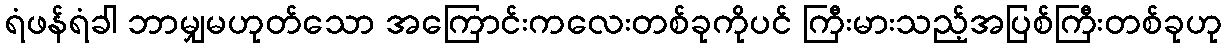
ရံဖန်ရံခါ ဘာမျှမဟုတ်သော အကြောင်းကလေးတစ်ခုကိုပင် ကြီးမားသည့်အပြစ်ကြီးတစ်ခုဟု